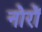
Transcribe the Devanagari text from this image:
नोरों